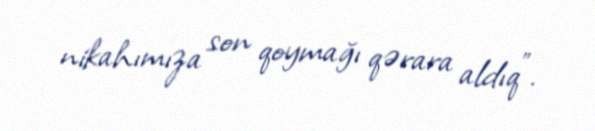
nikahımıza son qoymağı qərara aldıq”.